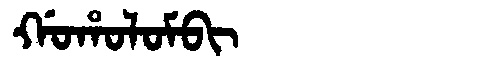
Manchu: ᡤᠣᡥᠣᠯᠣᠮᠪᡳ
Romanization: GOHOLOMBI